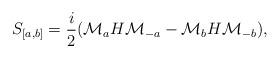
LaTeX: \begin{align*}S_{[a,b]}=\frac{i}{2}({\mathcal M}_aH{\mathcal M}_{-a}-{\mathcal M}_bH{\mathcal M}_{-b}),\end{align*}